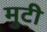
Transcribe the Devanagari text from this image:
मुटी